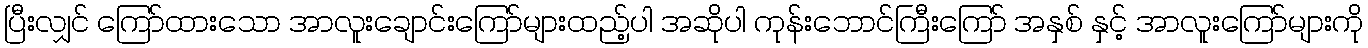
ပြီးလျှင် ကြော်ထားသော အာလူးချောင်းကြော်များထည့်ပါ အဆိုပါ ကုန်းဘောင်ကြီးကြော် အနှစ် နှင့် အာလူးကြော်များကို